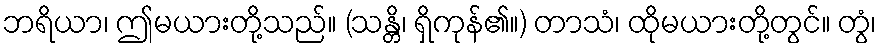
ဘရိယာ၊ ဤမယားတို့သည်။ (သန္တိ၊ ရှိကုန်၏။) တာသံ၊ ထိုမယားတို့တွင်။ တွံ၊